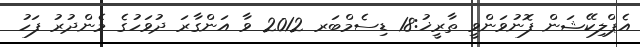
އެޕްލިކޭޝަން ފޮނުވަންވީ ތާރީޚު:18 ޑިސެމްބަރ 2012 ވާ އަންގާރަ ދުވަހުގެ މެންދުރު ފަހު